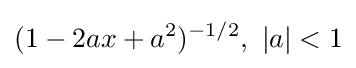
(1-2ax+a^{2})^{-1/2},\ |a|<1